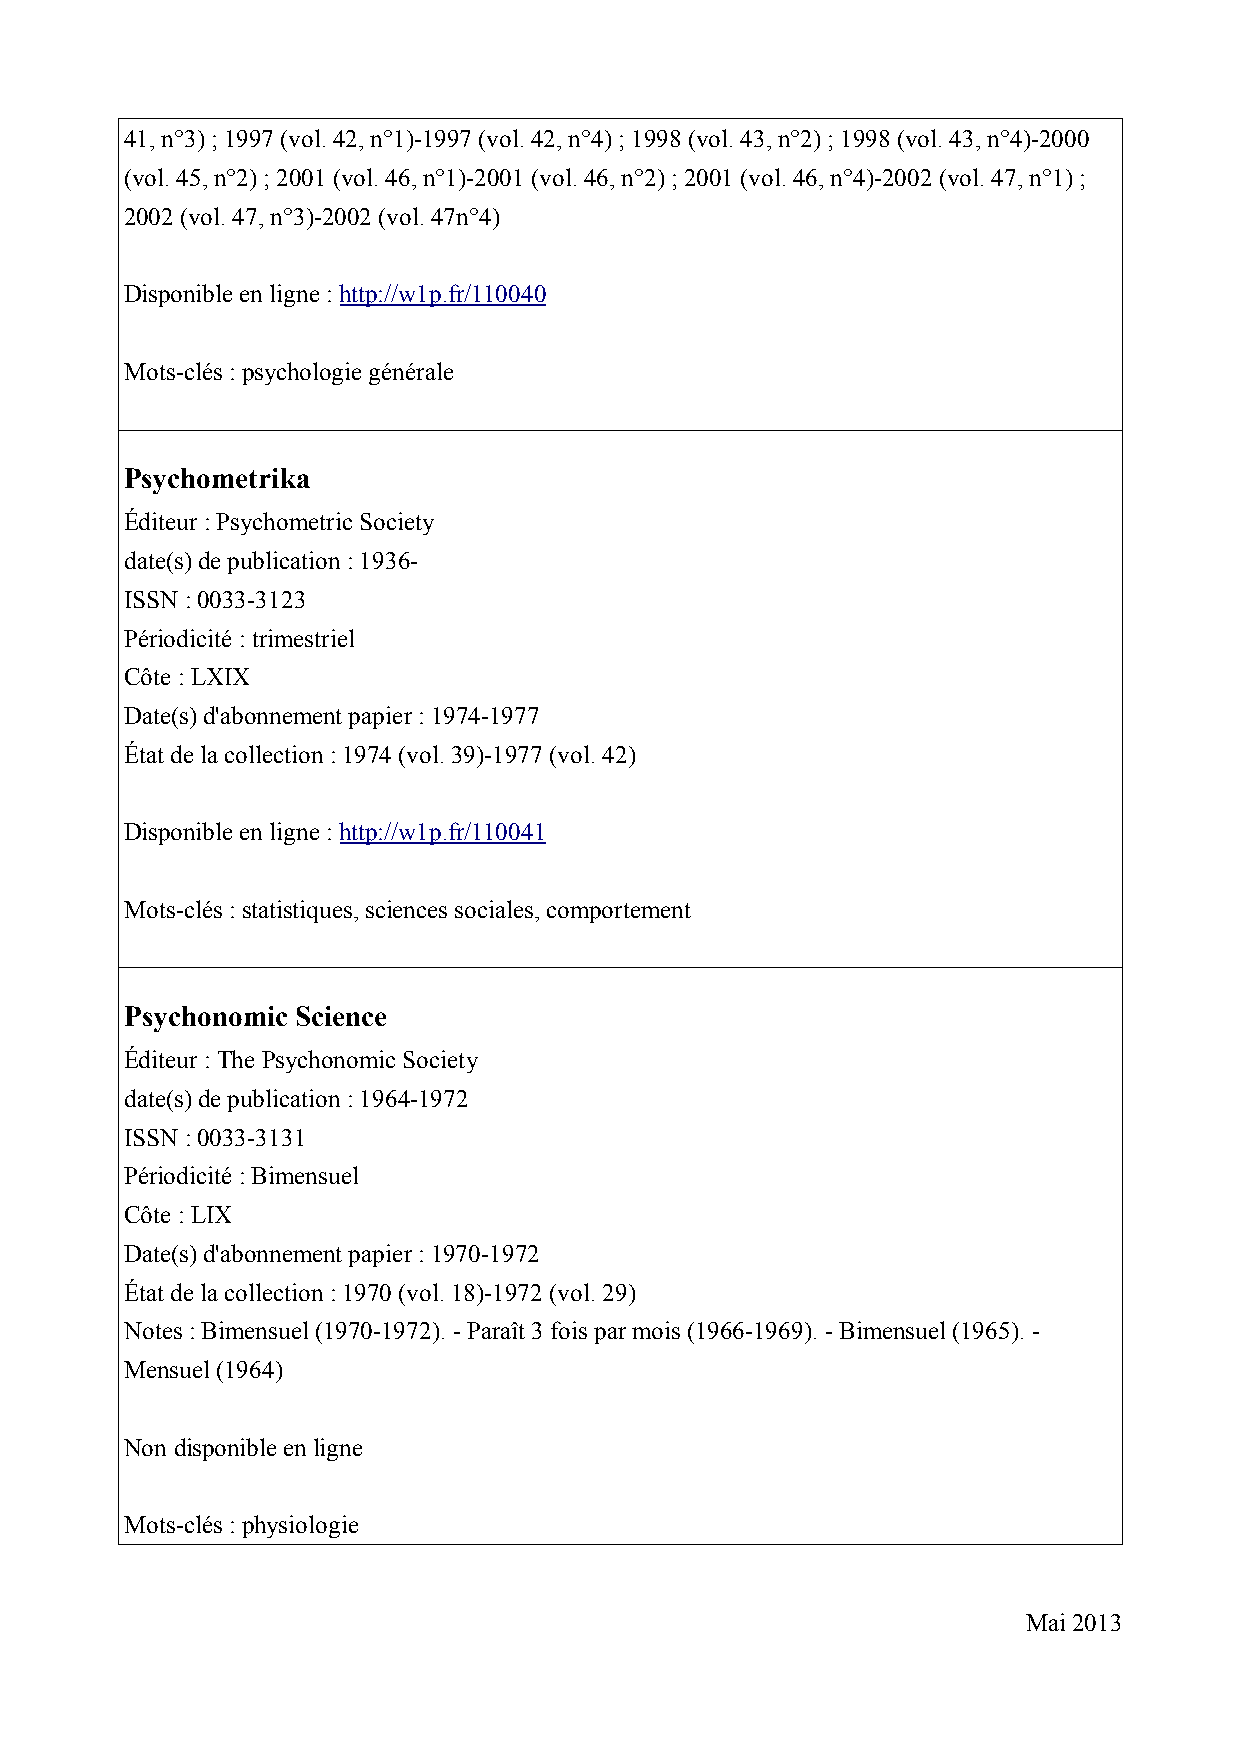
41, n°3) ; 1997 (vol. 42, n°1)-1997 (vol. 42, n°4) ; 1998 (vol. 43, n°2) ; 1998 (vol. 43, n°4)-2000
 (vol. 45, n°2) ; 2001 (vol. 46, n°1)-2001 (vol. 46, n°2) ; 2001 (vol. 46, n°4)-2002 (vol. 47, n°1) ;
 2002 (vol. 47, n°3)-2002 (vol. 47n°4)
 Disponible en ligne : http://w1p.fr/110040
 Mots-clés : psychologie générale
 Psychometrika
 Éditeur : Psychometric Society
 date(s) de publication : 1936-
 ISSN : 0033-3123
 Périodicité : trimestriel
 Côte : LXIX
 Date(s) d'abonnement papier : 1974-1977
 État de la collection : 1974 (vol. 39)-1977 (vol. 42)
 Disponible en ligne : http://w1p.fr/110041
 Mots-clés : statistiques, sciences sociales, comportement
 Psychonomic Science
 Éditeur : The Psychonomic Society
 date(s) de publication : 1964-1972
 ISSN : 0033-3131
 Périodicité : Bimensuel
 Côte : LIX
 Date(s) d'abonnement papier : 1970-1972
 État de la collection : 1970 (vol. 18)-1972 (vol. 29)
 Notes : Bimensuel (1970-1972). - Paraît 3 fois par mois (1966-1969). - Bimensuel (1965). -
 Mensuel (1964)
 Non disponible en ligne
 Mots-clés : physiologie
 Mai 2013